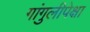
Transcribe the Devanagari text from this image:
गांगुलीपेक्षा